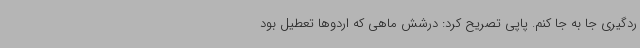
ردگیری جا به جا کنم. پاپی تصریح کرد: درشش ماهی که اردوها تعطیل بود